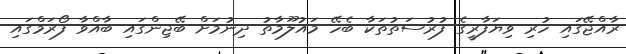
ރާއްޖޭގައި ހުރި ވިޔަފާރީގެ ފުރުސަތުތަކާ ބެހޭ މައުލޫމާތު ދިނުމަށް ބޭޖިންގައި ބާއްވާ ފޯރަމްގައި